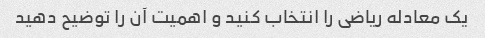
یک معادله ریاضی را انتخاب کنید و اهمیت آن را توضیح دهید